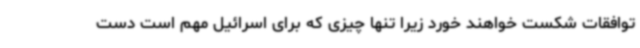
توافقات شکست خواهند خورد زیرا تنها چیزی که برای اسرائیل مهم است دست